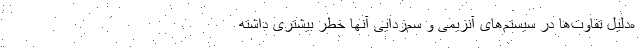
ه‌دلیل تفاوت‌ها در سیستم‌های آنزیمی و سم‌زدایی آنها خطر بیشتری داشته